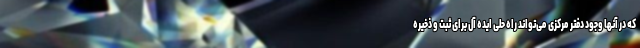
که در آنها وجود دفتر مرکزی می‌تواند راه حلی ایده آل برای ثبت و ذخیره